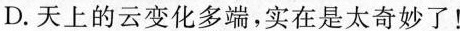
D.天上的云变化多端，实在是太奇妙了！